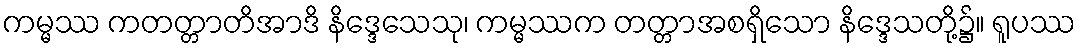
ကမ္မဿ ကတတ္တာတိအာဒိ နိဒ္ဒေသေသု၊ ကမ္မဿက တတ္တာအစရှိသော နိဒ္ဒေသတို့၌။ ရူပဿ